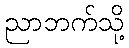
ညာဘက်သို့